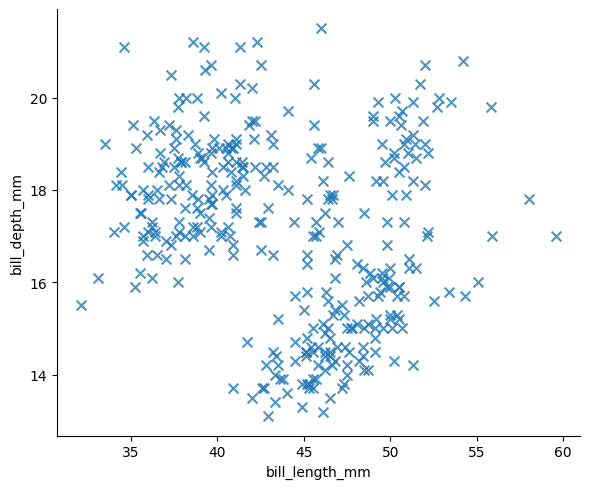
python, seaborn, lmplot, aspect=1.2, order=2, markers='x'